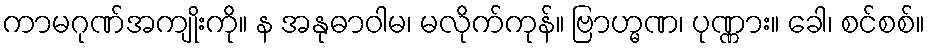
ကာမဂုဏ်အကျိုးကို။ န အနုဓာဝါမ၊ မလိုက်ကုန်။ ဗြာဟ္မဏ၊ ပုဏ္ဏား။ ခေါ၊ စင်စစ်။